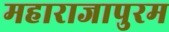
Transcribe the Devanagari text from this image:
महाराजापुरम